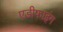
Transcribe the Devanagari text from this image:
एडीफाइंग